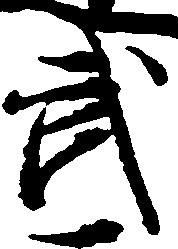
武